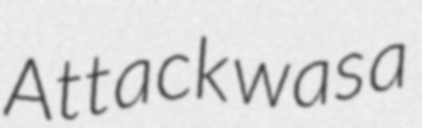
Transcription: Attack was a